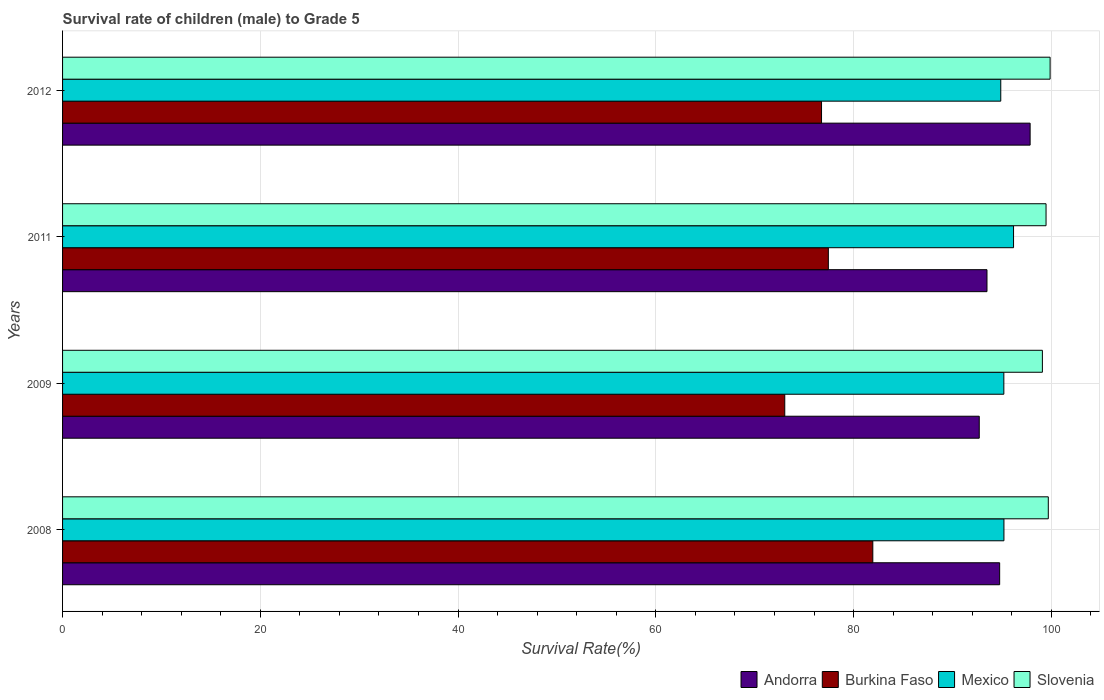
| Years | Andorra | Burkina Faso | Mexico | Slovenia |
 | --- | --- | --- | --- | --- |
 | 2008 | 94.8 | 81.9 | 95.2 | 99.7 |
 | 2009 | 92.7 | 73 | 95.2 | 99.1 |
 | 2011 | 93.5 | 77.4 | 96.2 | 99.5 |
 | 2012 | 97.9 | 76.8 | 94.9 | 99.9 |